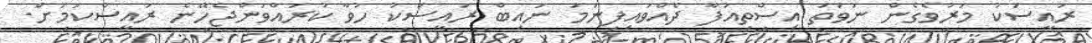
ރައީސަކު މަރުވެގެން ނުވަތަ އިސްތިއުފާ ދެއްވައިފިނަމަ ނައިބް ރައީސަކު ހުވާ ކުރައްވަންޖެހޭނެ ރައީސްކަމަށް.